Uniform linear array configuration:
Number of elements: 32
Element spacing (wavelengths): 0.25
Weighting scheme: hamming
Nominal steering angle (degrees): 30
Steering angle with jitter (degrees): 31.219
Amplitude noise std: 0.05
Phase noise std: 0.05

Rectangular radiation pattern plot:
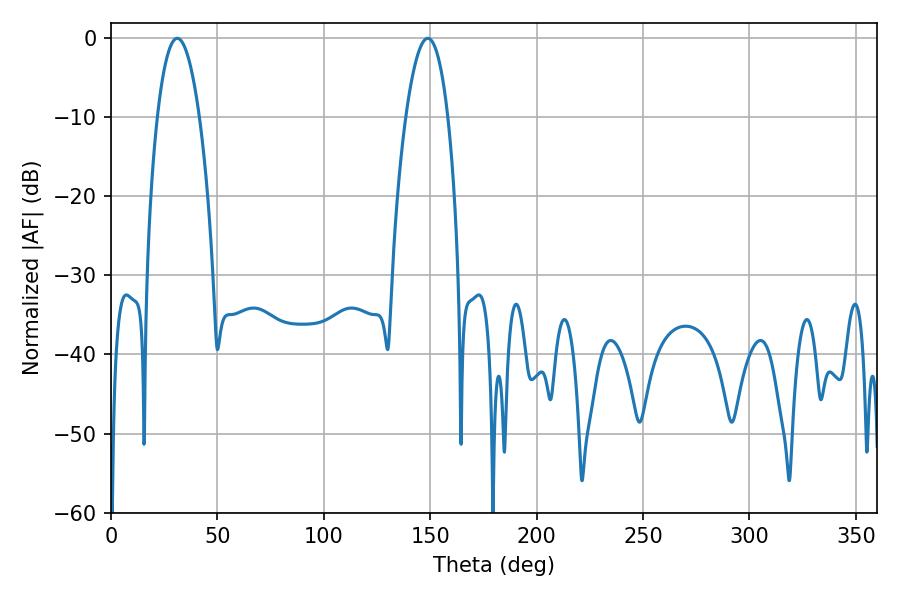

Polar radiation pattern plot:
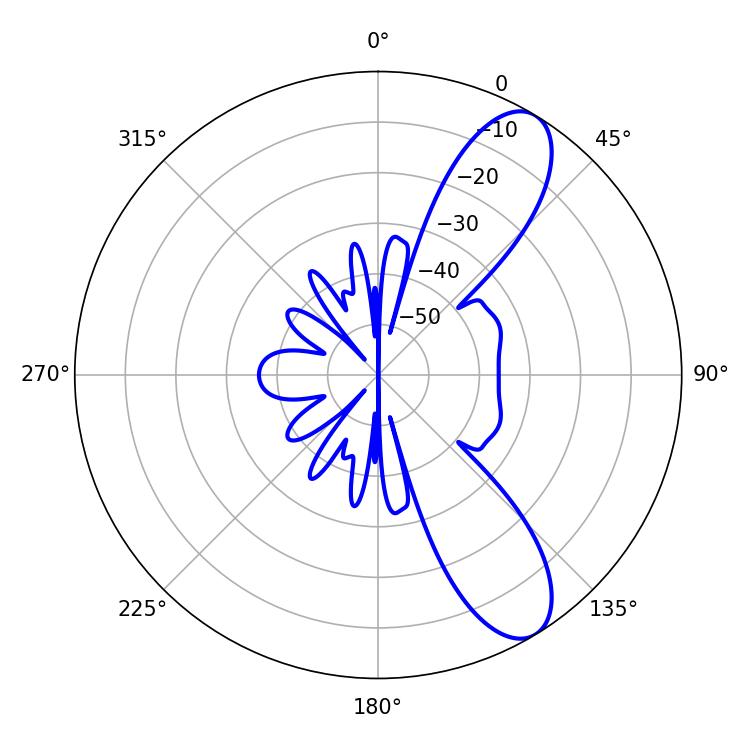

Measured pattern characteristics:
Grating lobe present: FALSE
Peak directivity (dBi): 9.734
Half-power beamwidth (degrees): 10.98
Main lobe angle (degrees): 31.14